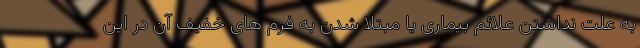
به علت نداشتن علائم بیماری یا مبتلا شدن به فرم های خفیف آن در این